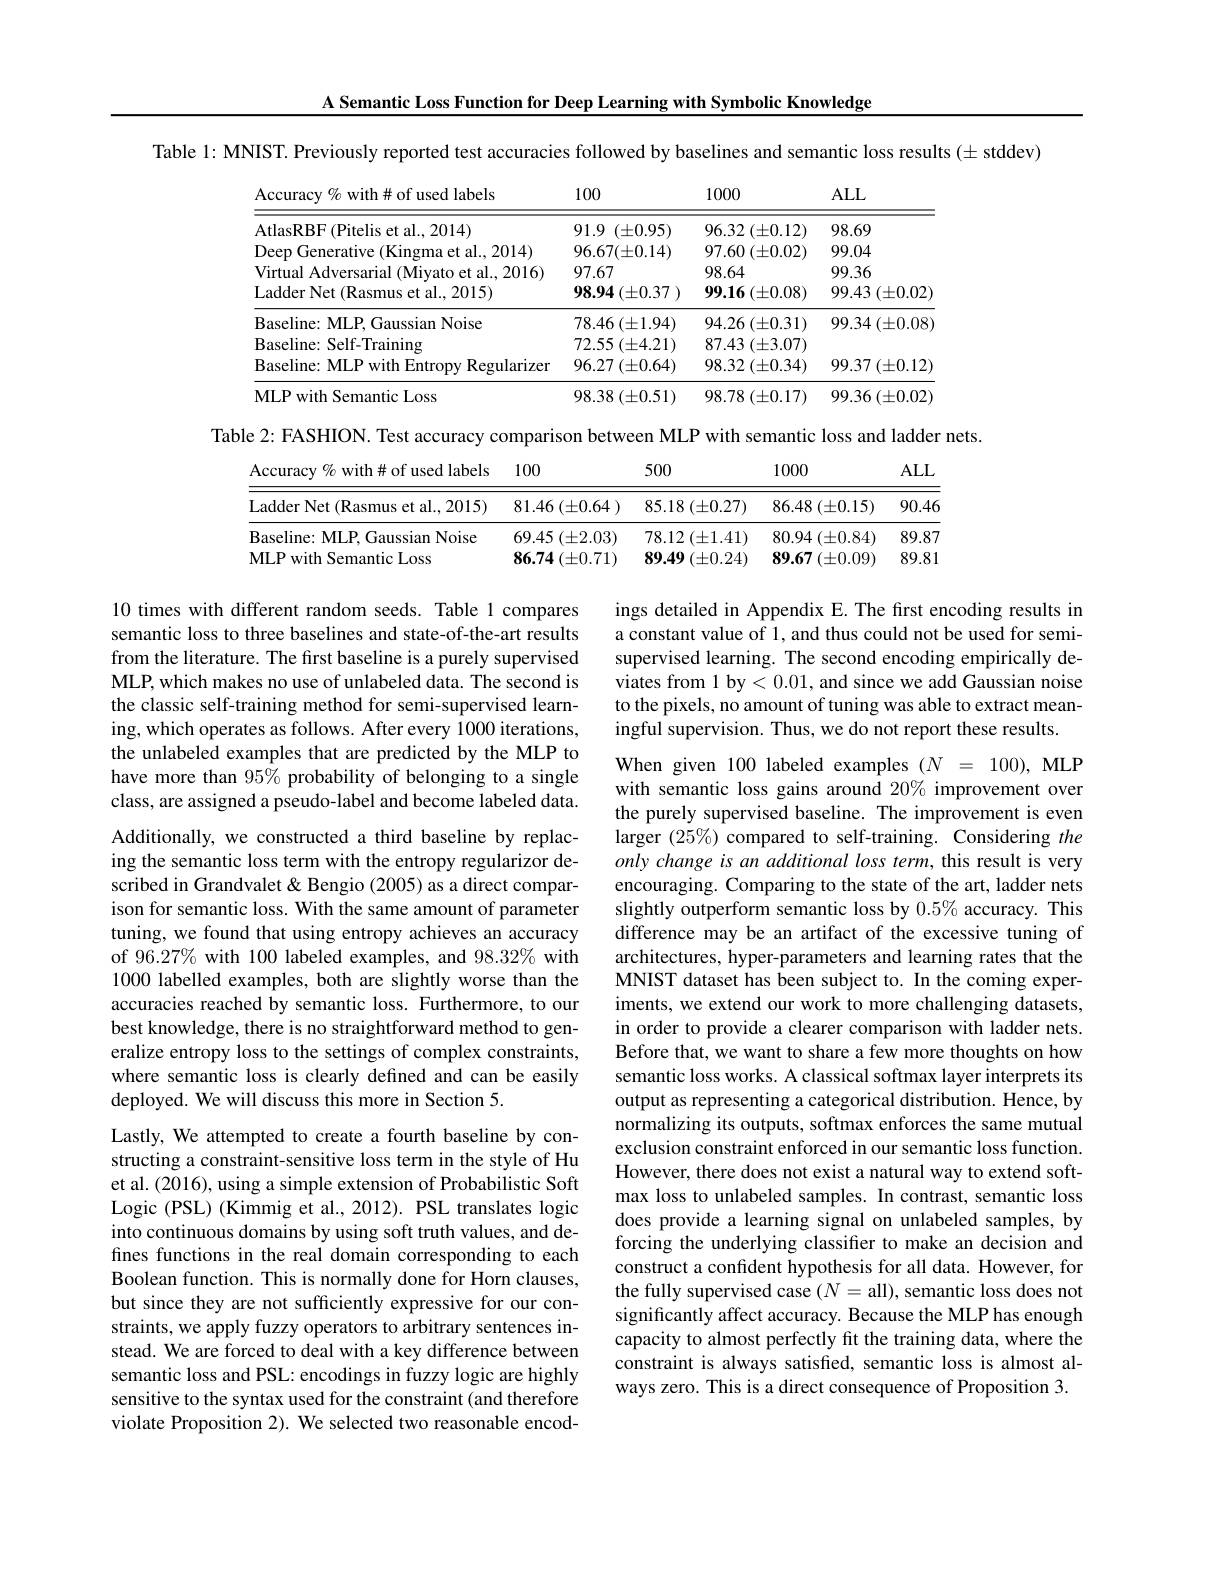
A Semantic Loss Function for Deep Learning with Symbolic Knowledge

Table 1: MNIST. Previously reported test accuracies followed by baselines and semantic loss results (± stddev)

<table>
	<tbody>
		<tr>
			<th>Accuracy % with# of used labels</th>
			<th>100</th>
			<th>1000</th>
			<th>ALL</th>
		</tr>
		<tr>
			<td>${\mathrm{AtlasRBF}}({\mathrm{Pitelis~et~al.,~2014}})$</td>
			<td>91.9 $(\pm0.95)$</td>
			<td>$96.32\left(\pm0.12\right)$</td>
			<td>98.69</td>
		</tr>
		<tr>
			<td>Deep Generative (Kingma et al., 2014)</td>
			<td>$96.67(\pm0.14)$</td>
			<td>$97.60\left(\pm0.02\right)$</td>
			<td>99.04</td>
		</tr>
		<tr>
			<td>Virtual Adversarial (Miyato et al., 2016)</td>
			<td>97.67</td>
			<td>98.64</td>
			<td>99.36</td>
		</tr>
		<tr>
			<td>Ladder Net (Rasmus et al., 2015)</td>
			<td>$98.94\left(\pm0.37\right)$</td>
			<td>$99.16\left(\pm0.08\right)$</td>
			<td>$99.43\left(\pm0.02\right.$</td>
		</tr>
		<tr>
			<td>Baseline: MLP, Gaussian Noise</td>
			<td>$78.46\left(\pm1.94\right)$</td>
			<td>$94.26\left(\pm0.31\right)$</td>
			<td>99.34 $1\left(\pm0.08\right)$ 1</td>
		</tr>
		<tr>
			<td>Baseline: Self-Training</td>
			<td>$72.55\left(\pm4.21\right)$</td>
			<td>87.43 $( \pm 3. 07)$</td>
			<td> </td>
		</tr>
		<tr>
			<td>Baseline: MLP with Entropy Regularizer</td>
			<td>$96.27\left(\pm0.64\right)$</td>
			<td>$98.32\left(\pm0.34\right)$</td>
			<td>$99.37\left(\pm0.12\right]$</td>
		</tr>
		<tr>
			<td>MLP with Semantic Loss</td>
			<td>$98.38\left(\pm0.51\right)$</td>
			<td>$98.78\left(\pm0.17\right)$</td>
			<td>$99.36\left(\pm0.02\right.$</td>
		</tr>
	</tbody>
</table>

Table 2: FASHION. Test accuracy comparison between MLP with semantic loss and ladder nets.
<table>
	<tbody>
		<tr>
			<th>Accuracy $\%$ with# of used labels</th>
			<th>100</th>
			<th>500</th>
			<th>1000</th>
			<th>$ALL$</th>
		</tr>
		<tr>
			<td>Ladder Net (Rasmus et al., 2015)</td>
			<td>$81.46\left(\pm0.64\right)$</td>
			<td>$85.18\left(\pm0.27\right)$</td>
			<td>86.48 $( \pm 0. 15)$</td>
			<td>90.46</td>
		</tr>
		<tr>
			<td>$\mathbf{B}$aseline: MLP. , Gaussian Noise</td>
			<td>69.45 $( \pm 2. 03)$</td>
			<td>78.12 $2\left(\pm1.41\right)$</td>
			<td>80.94 $4\left(\pm0.84\right)$</td>
			<td>89.87</td>
		</tr>
		<tr>
			<td>MLP with Semantic Loss</td>
			<td>$86.74\left(\pm0.71\right)$</td>
			<td>$89.49\left(\pm0.24\right)$</td>
			<td>$89.67\left(\pm0.09\right)$</td>
			<td>89.81</td>
		</tr>
	</tbody>
</table>

ings detailed in Appendix E. The first encoding results in a constant value of 1, and thus could not be used for semisupervised learning. The second encoding empirically deviates from 1 by< 0.01, and since we add Gaussian noise to the pixels, no amount of tuning was able to extract meaningful supervision. Thus, we do not report these results.

10 times with different random seeds. Table 1 compares semantic loss to three baselines and state-of-the-art results from the literature. The first baseline is a purely supervised MLP, which makes no use of unlabeled data. The second is the classic self-training method for semi-supervised learning, which operates as follows. After every 1000 iterations, the unlabeled examples that are predicted by the MLP to have more than 95% probability of belonging to a single class, are assigned a pseudo-label and become labeled data. Additionally, we constructed a third baseline by replacing the semantic loss term with the entropy regularizor described in Grandvalet & Bengio (2005) as a direct comparison for semantic loss. With the same amount of parameter tuning, we found that using entropy achieves an accuracy of 96.27% with 100 labeled examples, and 98.32% with 1000 labelled examples, both are slightly worse than the accuracies reached by semantic loss. Furthermore, to our best knowledge, there is no straightforward method to generalize entropy loss to the settings of complex constraints, where semantic loss is clearly defined and can be easily deployed. We will discuss this more in Section 5.
Lastly, We attempted to create a fourth baseline by con-

When given 100 labeled examples $( N$ = 100), MLP with semantic loss gains around 20% improvement over the purely supervised baseline. The improvement is even larger $(25\%)$ compared to self-training. Considering the only change is an additional loss term, this result is very encouraging. Comparing to the state of the art, ladder nets slightly outperform semantic loss by $0.5\%$ accuracy. This difference may be an artifact of the excessive tuning of architectures, hyper-parameters and learning rates that the MNIST dataset has been subject to. In the coming experiments, we extend our work to more challenging datasets, in order to provide a clearer comparison with ladder nets. Before that, we want to share a few more thoughts on how semantic loss works. A classical softmax layer interprets its output as representing a categorical distribution. Hence, by normalizing its outputs, softmax enforces the same mutual exclusion constraint enforced in our semantic loss function. However, there does not exist a natural way to extend softmax loss to unlabeled samples. In contrast, semantic loss does provide a learning signal on unlabeled samples, by forcing the underlying classifer to make an decision and construct a confident hypothesis for all data. However, for the fully supervised case $(N=$all), semantic loss does not significantly affect accuracy. Because the MLP has enough capacity to almost perfectly fit the training data, where the constraint is always satisfied, semantic loss is almost always zero. This is a direct consequence of Proposition 3.

structing a constraint-sensitive loss term in the style of Hu et al. (2016), using a simple extension of Probabilistic Soft Logic (PSL) (Kimmig et al., 2012). PSL translates logic into continuous domains by using soft truth values, and defines functions in the real domain corresponding to each Boolean function. This is normally done for Horn clauses, but since they are not sufficiently expressive for our constraints, we apply fuzzy operators to arbitrary sentences instead. We are forced to deal with a key difference between semantic loss and PSL: encodings in fuzzy logic are highly sensitive to the syntax used for the constraint (and therefore violate Proposition 2). We selected two reasonable encod-